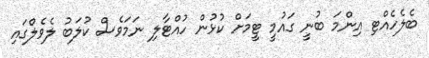
ބެލެހެއްޓި އިންމަ ބުނީ ގައުމީ ޓީމަށް ކުޅުން ހުއްޓާލި ނަމަވެސް ކުލަބު ލެވެލްގައި